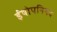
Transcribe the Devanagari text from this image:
ईषोपनिषद